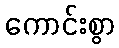
ကောင်းစွာ